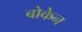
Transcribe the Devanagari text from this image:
बोकेन